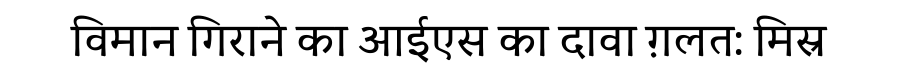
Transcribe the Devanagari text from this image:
विमान गिराने का आईएस का दावा ग़लत: मिस्र